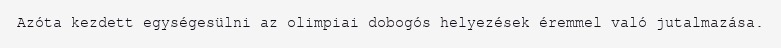
Azóta kezdett egységesülni az olimpiai dobogós helyezések éremmel való jutalmazása.